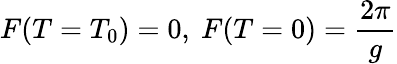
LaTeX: F(T=T_{0})=0,\ F(T=0)=\frac{2\pi}{g}